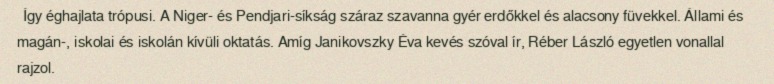
Így éghajlata trópusi. A Niger- és Pendjari-síkság száraz szavanna gyér erdőkkel és alacsony füvekkel. Állami és magán-, iskolai és iskolán kívüli oktatás. Amíg Janikovszky Éva kevés szóval ír, Réber László egyetlen vonallal rajzol.